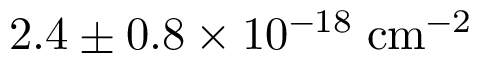
2 . 4 \pm 0 . 8 \times 1 0 ^ { - 1 8 } \; \mathrm { { c m ^ { - 2 } } }